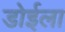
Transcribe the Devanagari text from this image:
डोईला